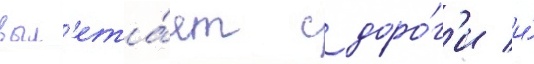
выл'ета́ет с доро́г'и и́